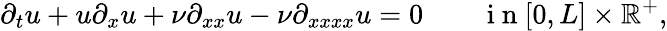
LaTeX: \partial_{t}u+u\partial_{x}u+\nu\partial_{xx}u-\nu\partial_{xxxx}u=0\qquad\mathrm{~i~n~}[0,L]\times\mathbb{R}^{+},